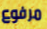
مرفوع